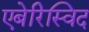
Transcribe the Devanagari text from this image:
एबेरिस्विद